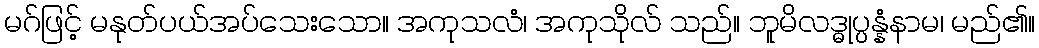
မဂ်ဖြင့် မနုတ်ပယ်အပ်သေးသော။ အကုသလံ၊ အကုသိုလ် သည်။ ဘူမိလဒ္ဓုပ္ပန္နံနာမ၊ မည်၏။